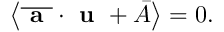
\left\langle \overline { { \textbf { a } } } \cdot \textbf { u } + \bar { A } \right\rangle = 0 .